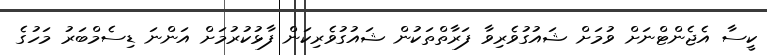
ކީސާ އެޖެންޓްނަށް ވުމަށް ޝައުގުވެރިވާ ފަރާތްތަކުން ޝައުގުވެރިކަން ފާޅުކުރުމަށް އަންނަ ޑިސެމްބަރު މަހުގެ